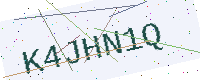
Text: K4JHN1Q